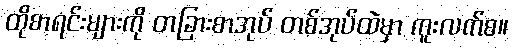
ထိုစာရင်းများကို တခြားစာအုပ် တစ်အုပ်ထဲမှာ ကူးလက်စ။